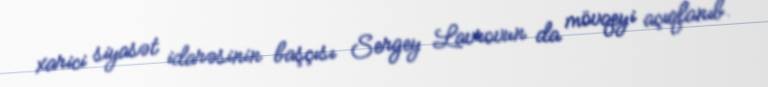
xarici siyasət idarəsinin başçısı Sergey Lavrovun da mövqeyi açıqlanıb.